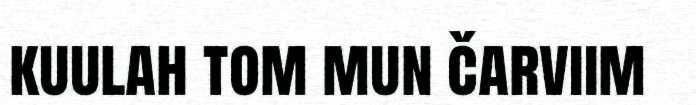
kuulah tom mun čarviim